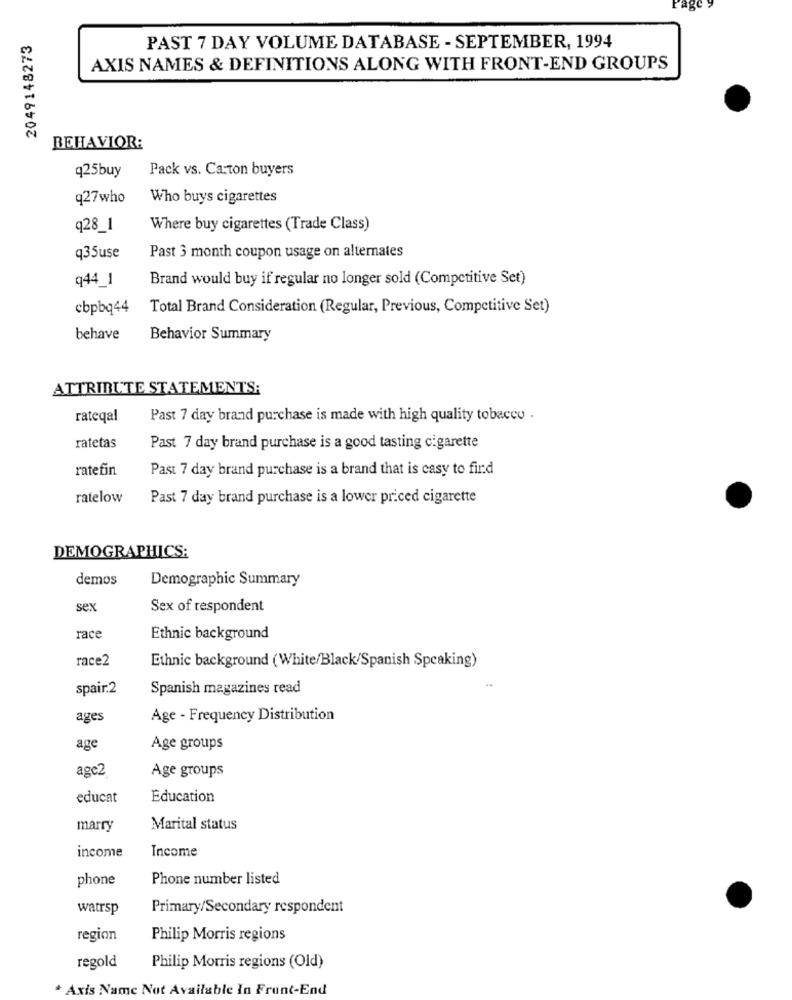
2049148273
PAST 7 DAY VOLUME DATABASE - SEPTEMBER, 1994
AXIS NAMES & DEFINITIONS ALONG WITH FRONT-END GROUPS
BEHAVIOR:
q25buy
Pack vs. Carton buyers
q27who
Who buys cigarettes
q28_1
Where buy cigarettes (Trade Class)
q35use
Past 3 month coupon usage on alternates
q44_1
Brand would buy if regular no longer sold (Competitive Set)
cbpbq44
Total Brand Consideration (Regular, Previous, Competitive Set)
behave
Behavior Summary
ATTRIBUTE STATEMENTS;
rateqal
Past 7 day brand purchase is made with high quality tobacco .
ratetas
Past 7 day brand purchase is a good tasting cigarette
ratefin
Past 7 day brand purchase is a brand that is casy to find
ratelow
Past 7 day brand purchase is a lower priced cigarette
DEMOGRAPHICS:
demos
Demographic Summary
sex
Sex of respondent
race
Ethnic background
race2
Ethnic background (White/Black/Spanish Speaking)
spair.2
Spanish magazines read
ages
Age - Frequency Distribution
age
Age groups
agc2
Age groups
educat
Education
marry
Marital status
income
Income
phone
Phone number listed
watrsp
Primary/Secondary respondent
region
Philip Morris regions
regold
Philip Morris regions (Old)
* Axis Name Not Available In Front-End